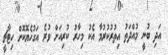
އަދި ބުނީ މުއްދަތު އިތުރުކުރުމާ އެކު މިހާރު ކުރިއަށް ވުރެ އަގުހެޔޮކޮށް ހިޓާޗީ